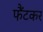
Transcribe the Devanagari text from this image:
फैंटकर